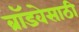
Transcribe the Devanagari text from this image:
ब्रॉडवेसाठी